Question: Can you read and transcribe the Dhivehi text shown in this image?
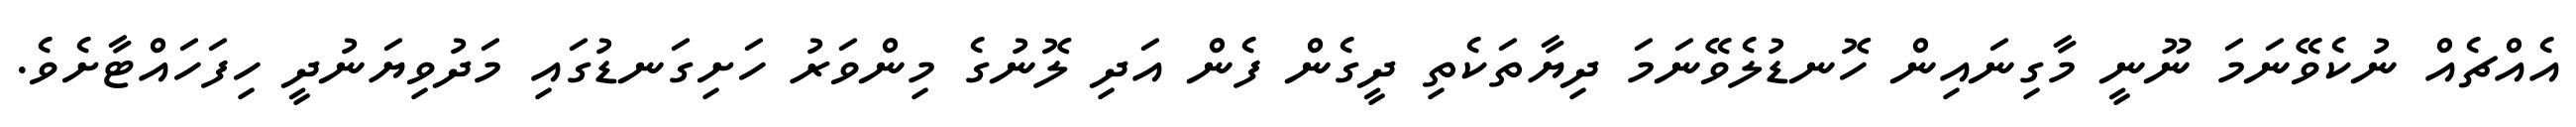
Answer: އެއްޗެއް ނުކެވޭނަމަ ނޫނީ މާގިނައިން ހޮނޑުލެވޭނަމަ ދިޔާތަކެތި ދީގެން ފެން އަދި ލޮނުގެ މިންވަރު ހަށިގަނޑުގައި މަދުވިޔަނުދީ ހިފަހައްޓާށެވެ.